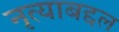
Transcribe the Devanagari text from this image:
नृत्याबद्दल